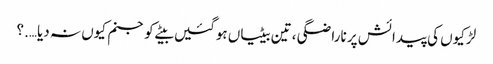
لڑکیوں کی پیدائش پر ناراضگی ، تین بیٹیاں ہوگئیں بیٹے کو جنم کیوں نہ دیا….؟